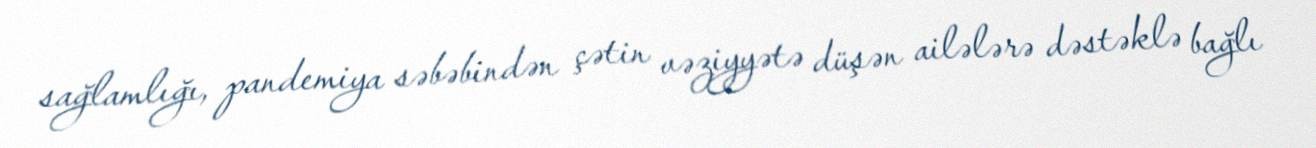
sağlamlığı, pandemiya səbəbindən çətin vəziyyətə düşən ailələrə dəstəklə bağlı